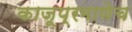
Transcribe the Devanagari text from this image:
काजूप्रमाणेच